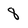
Character: 8